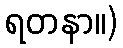
ရတနာ။)